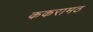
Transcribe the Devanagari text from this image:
ककरामठ